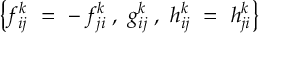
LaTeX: \left\{ f _ { i j } ^ { k } \ = \ - \, f _ { j i } ^ { k } \; , \ g _ { i j } ^ { k } \; , \ h _ { i j } ^ { k } \ = \ h _ { j i } ^ { k } \right\}